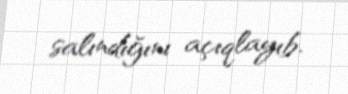
salındığını açıqlayıb.